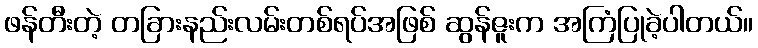
ဖန်တီးတဲ့ တခြားနည်းလမ်းတစ်ရပ်အဖြစ် ဆွန်ဇူးက အကြံပြုခဲ့ပါတယ်။